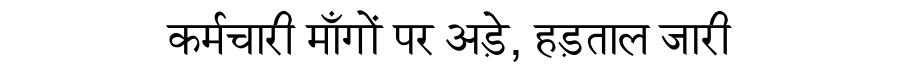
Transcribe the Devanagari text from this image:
कर्मचारी माँगों पर अड़े, हड़ताल जारी